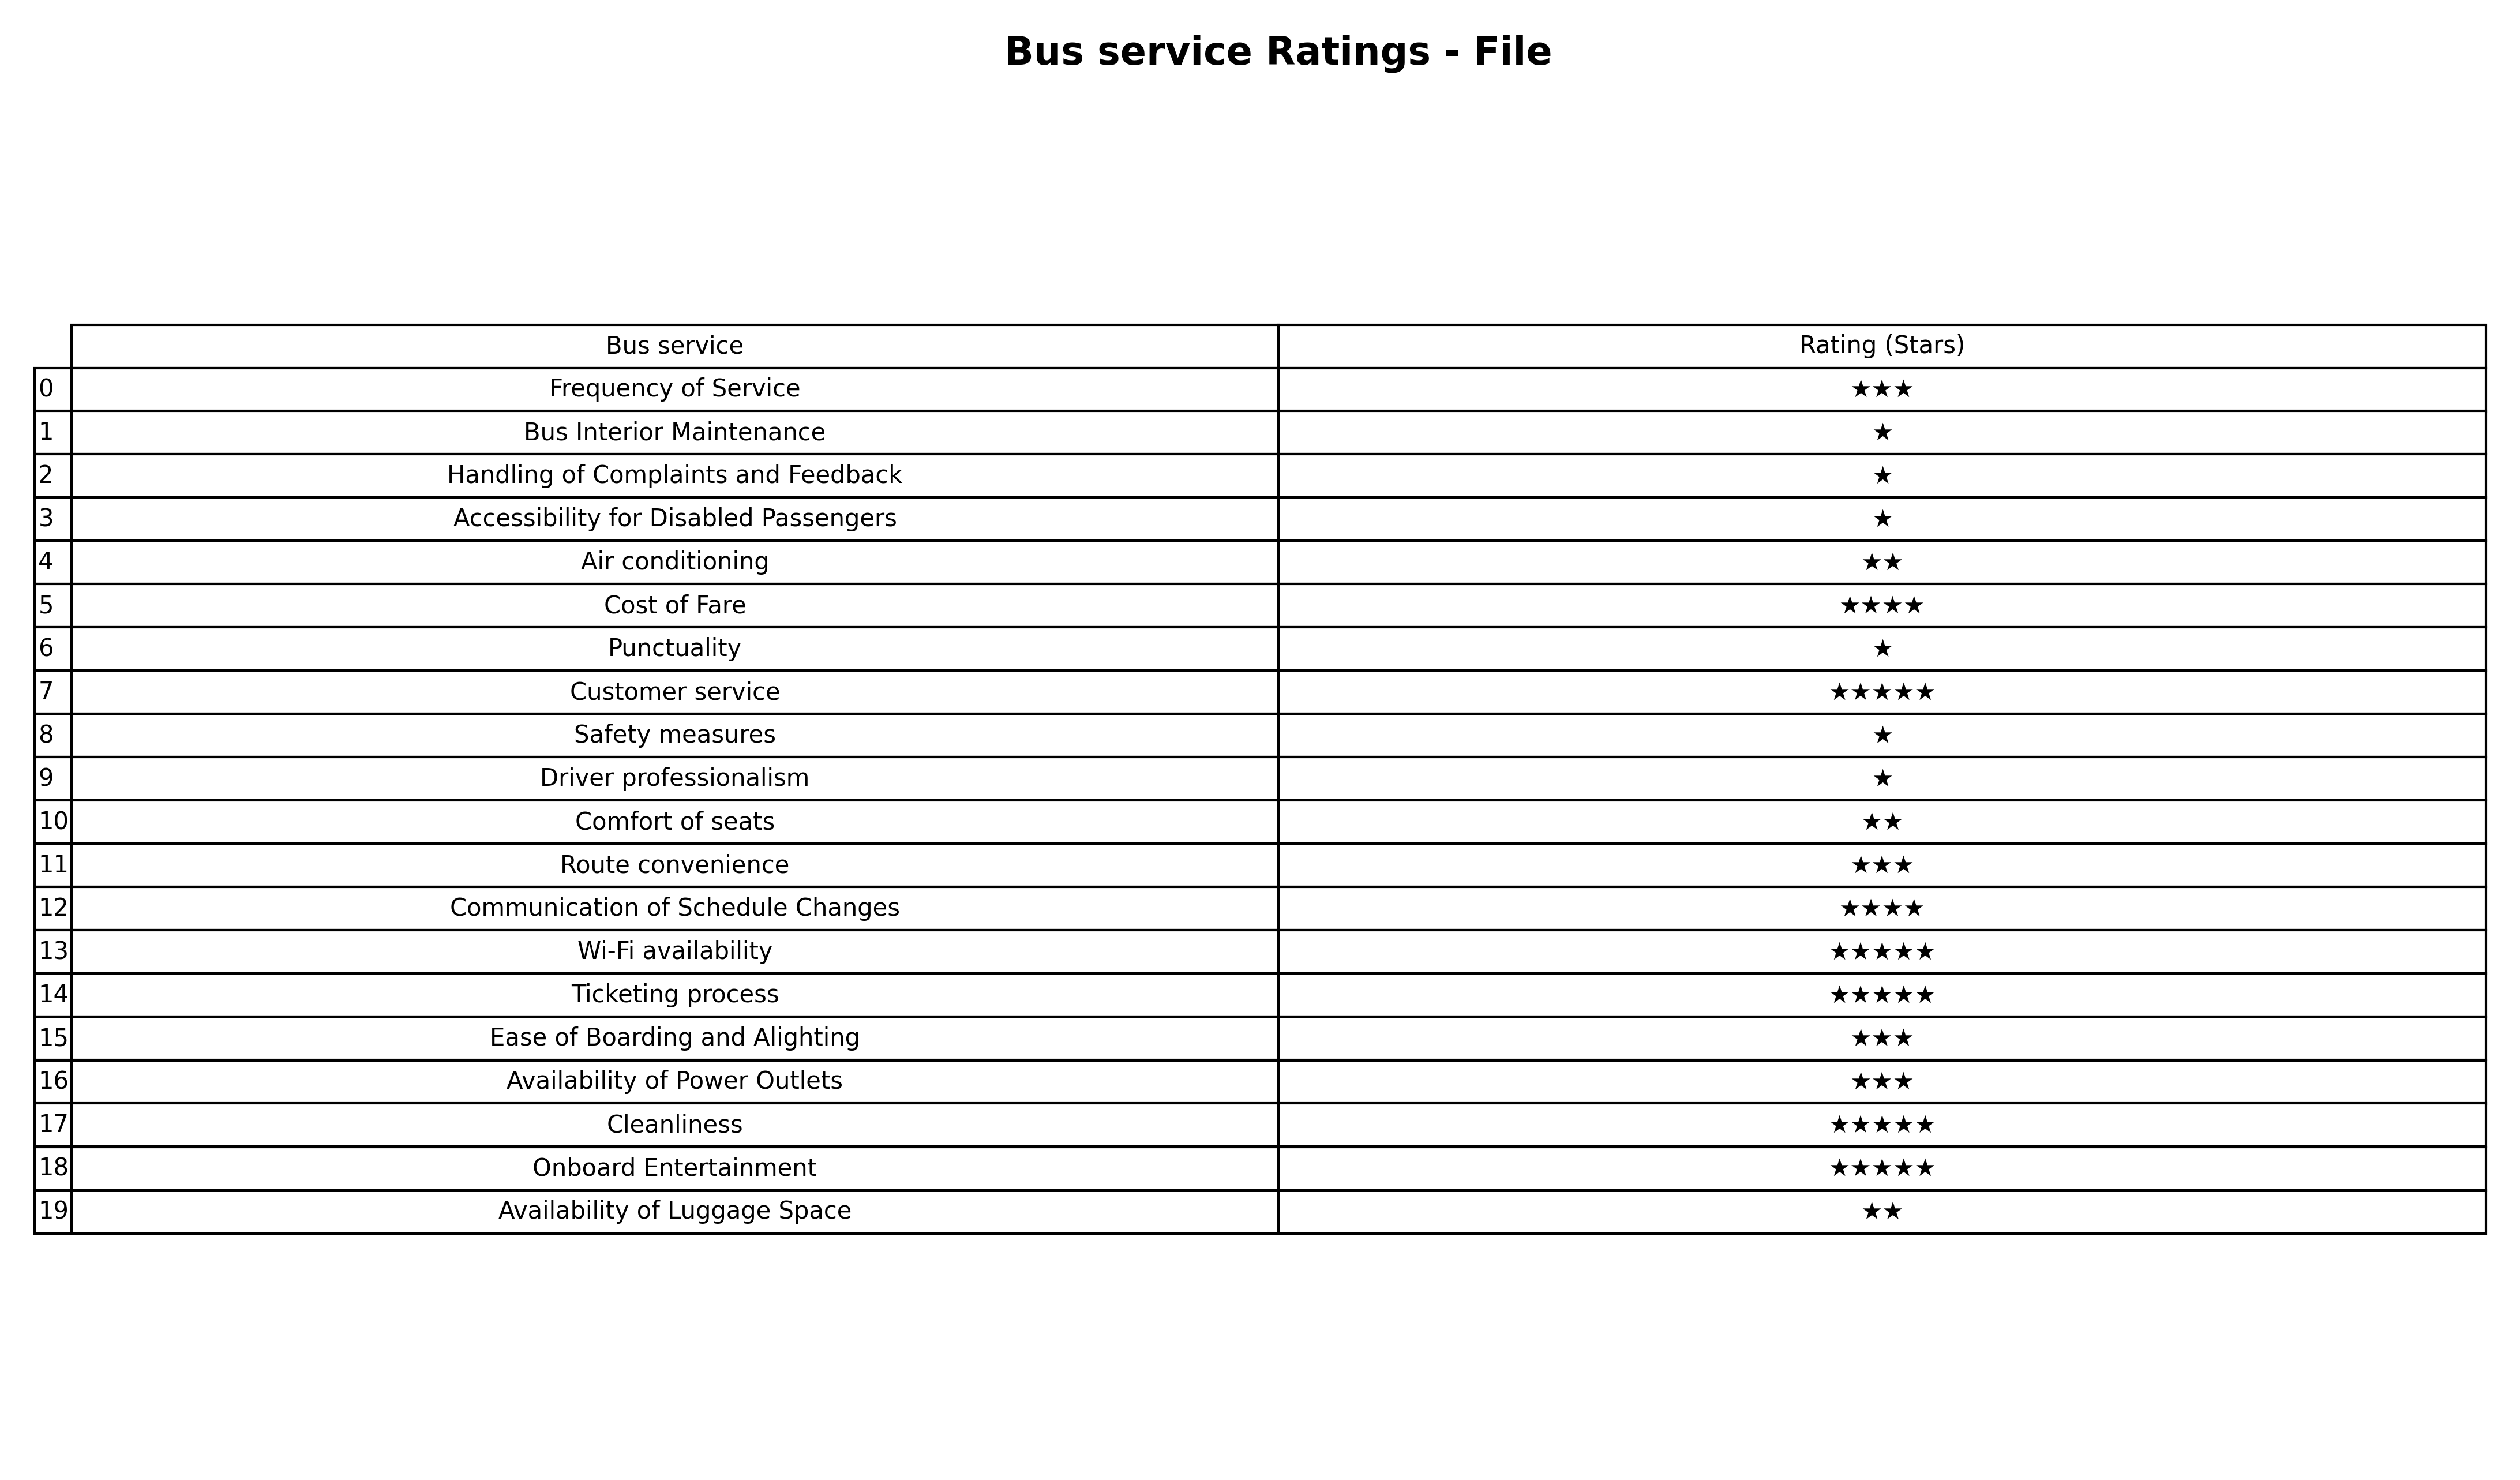
question: What is the rating of Wi-Fi availability?
answer: ★★★★★